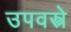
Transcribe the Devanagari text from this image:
उपवस्त्रे